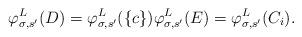
LaTeX: \begin{align*}\varphi^L_{\sigma, s'}(D) = \varphi^L_{\sigma, s'}(\{c\}) \varphi^L_{\sigma, s'}(E) = \varphi^L_{\sigma, s'}(C_i).\end{align*}